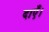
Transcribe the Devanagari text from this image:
दाएँ।